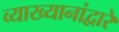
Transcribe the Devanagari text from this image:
व्याख्यानांद्वारे